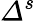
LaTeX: Δ^{s}